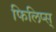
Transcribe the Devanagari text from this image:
फिलिप्स्